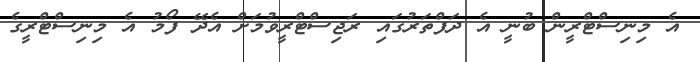
އެ މިނިސްޓްރީން ބުނީ އެ ދަފްތަރުގައި ރަޖިސްޓްރީވުމަށް އެދޭ ފޯމު އެ މިނިސްޓްރީގެ